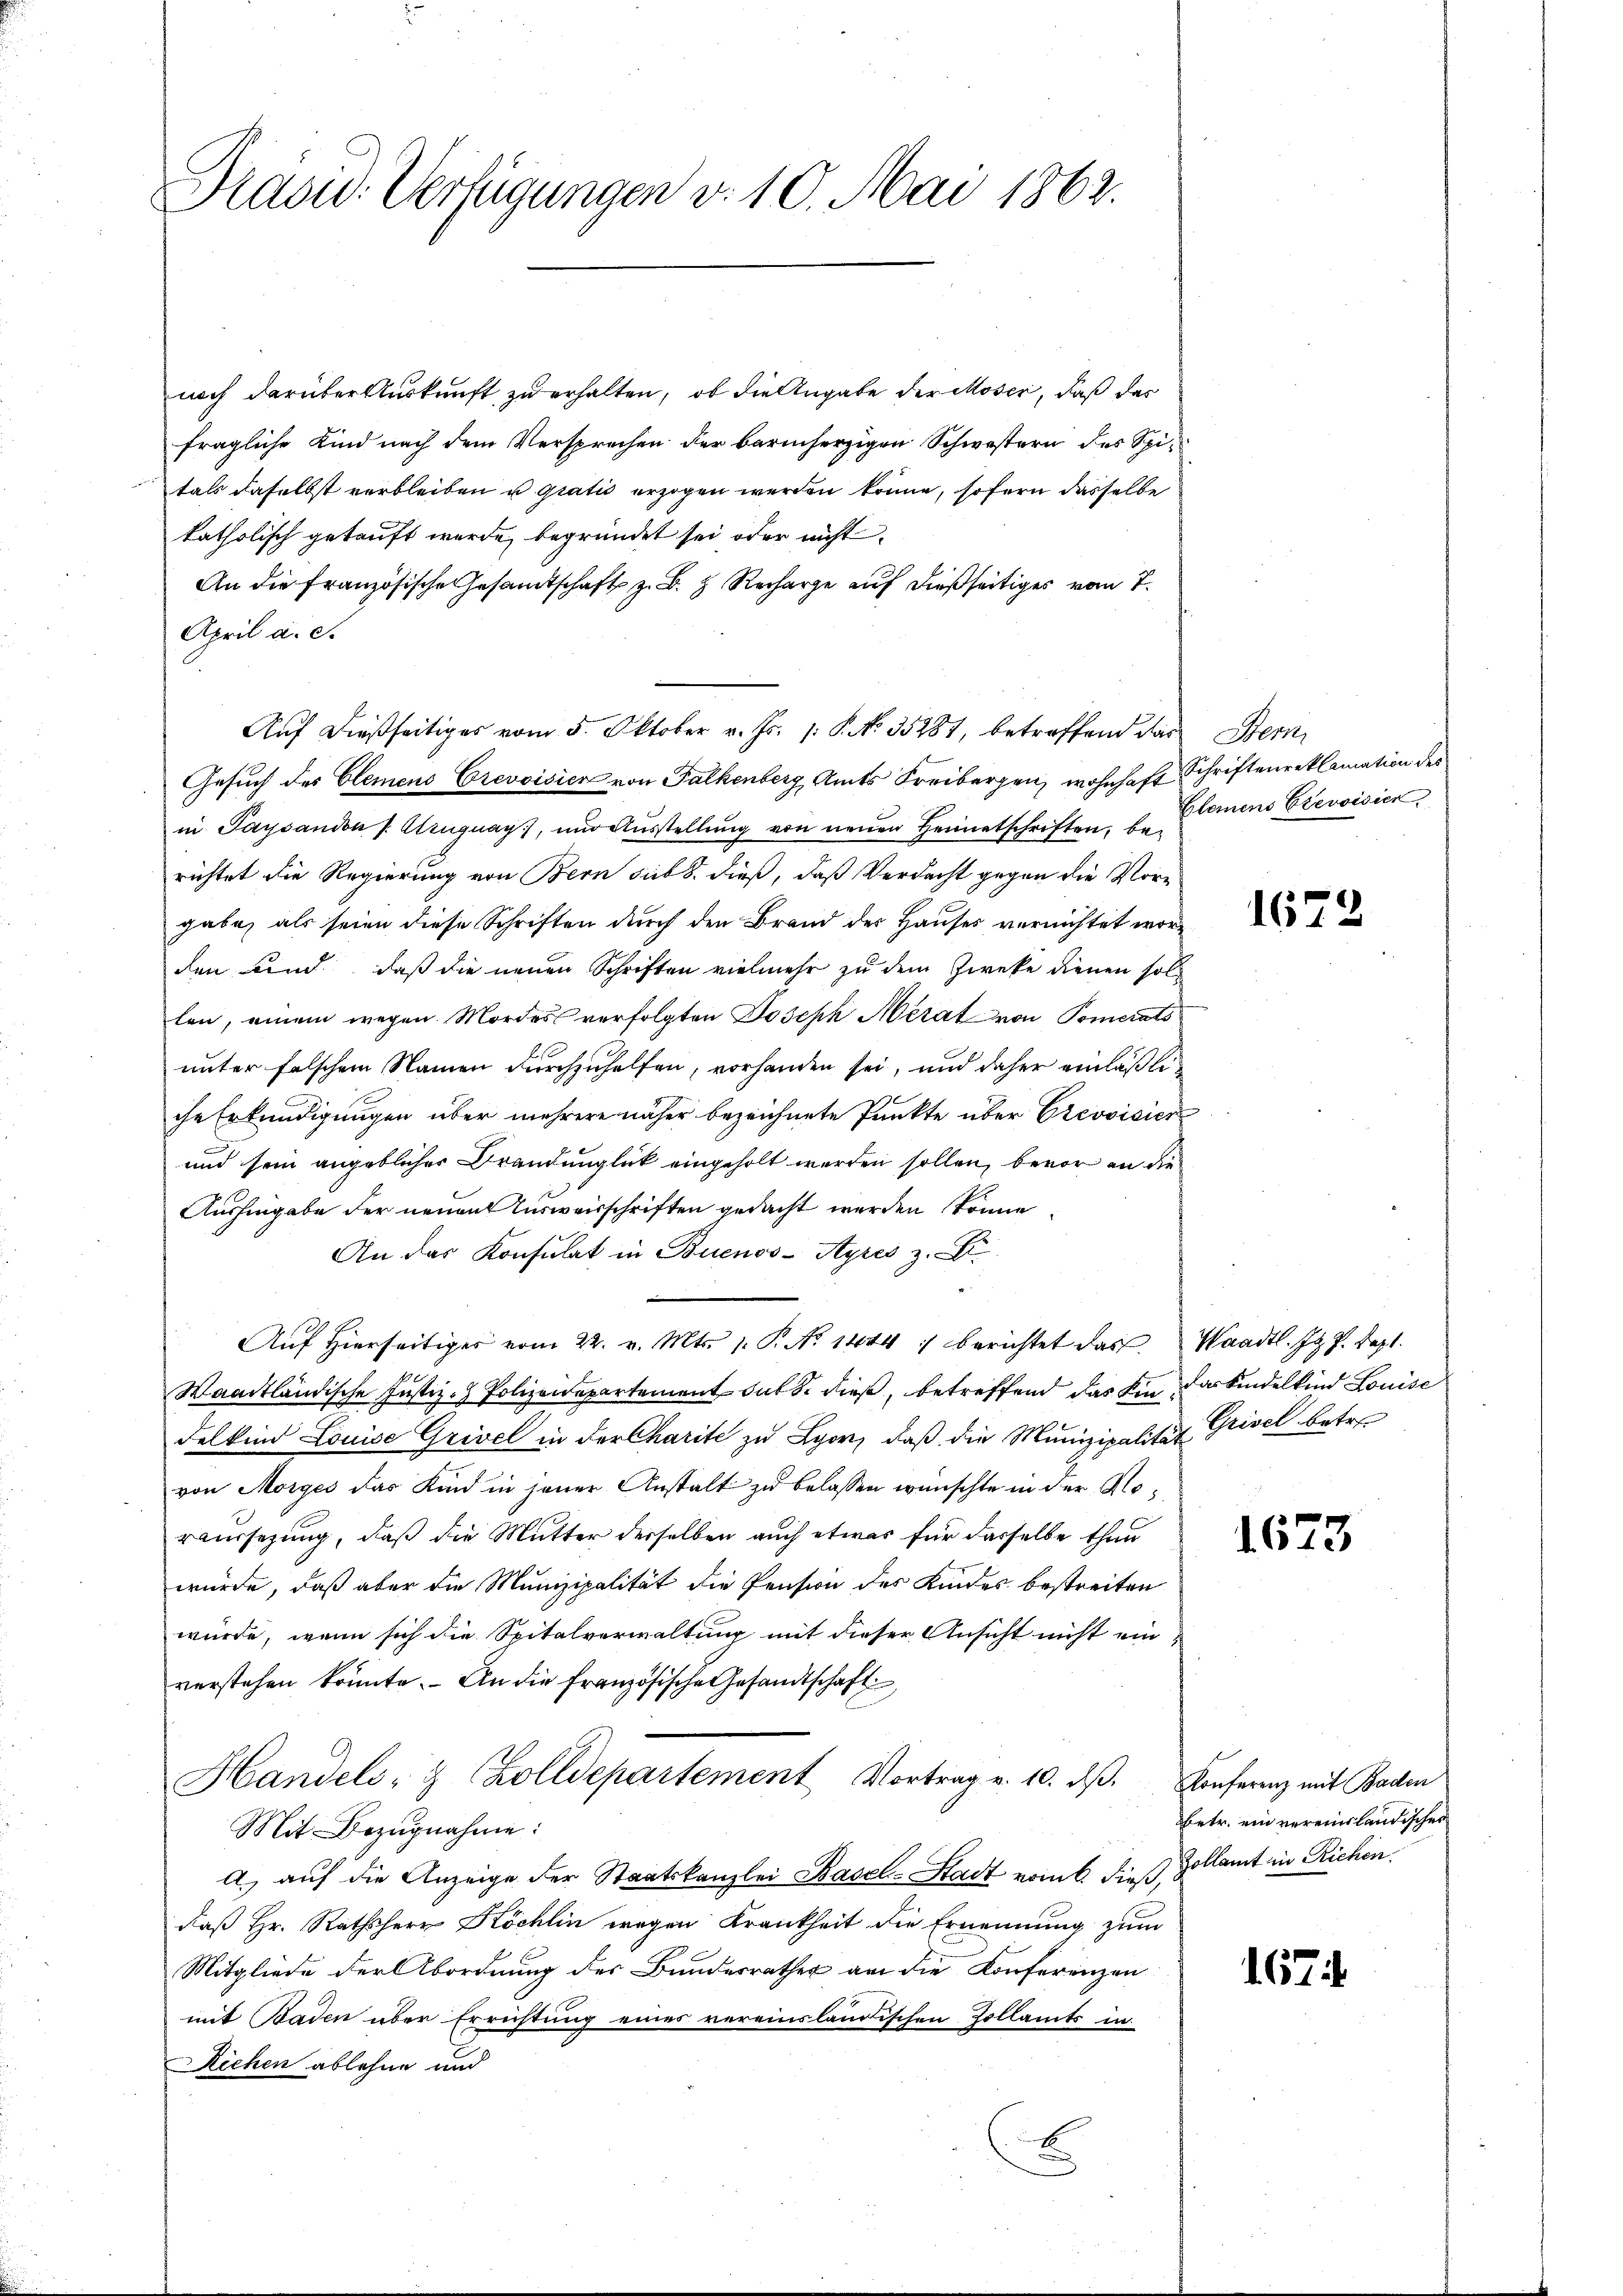
Pradw. Verfügungen v. 10. Mai 1862.

noch darüber Auskunft zu erhalten, ob die Angabe der Moser, daß das
fragliche Kind nach dem Versprechen der barmherzigen Schwestern des Spitals daselbst verbleiben u gratio erzogen werden könne, sofern dasselbe
katholisch gekauft wurde, begründet sei oder nicht
An die Französische Gesamtschaft z. B. Recharge auf dießseitiges vom 7.
April a. c.
Auf dießseitiges vom 5. Oktober v. Js. /: P. N. 35281, betreffend das Stern
Gesuch des Clemens Crevoisier von Falkenberg, Amts Freibergen, wohnhaft Schriftenreklamation des
in Paysandon [Aruguag), und Ausstellung von neuen Heimatschriften, berichtet die Regierung von Bern sub 8. dieß, daß Verdacht gegen die Vorgabe, als seien diese Schriften durch den Brand der Hauses vernichtet worden und daß die neuen Schriften vielmehr zu dem Zweke dienen sollen, einem wegen Mordes verfolgten Joseph Mérat von Pomerats
unter falschem Namen durchzuhelfen, vorhanden sei, und daher einläßli
che Erkundigungen über mehrere näher bezeichnete Punkte über Crevoisier
und sein angeblicher Brandunglück eingeholt werden sollen, bevor an die
Aushingabe der neuen Ausweisschriften gedacht werden könne.
An das Konsulat in Buenos-Ayres z.
Aŭf hierseitiger vom 22. v. Mts. 1. P. No 1444 :/ berichtet das Waadt. Js. J. Sept.
Waadtländische Justiz- Polizeidepartement dass dieß, betreffend das Ein das Kindelkind Louise
delkind Louise Grivel in der Charite zu Lyon, daβ die Munizipalität Grisel betre
von Morges das Kind in jener Anstalt zu belassen wünschte in der Moreussetzung, daß die Mutter derselben auch etwas für dasselbe thun
würde, daß aber die Munizipalität die Pension des Kindes bestreiten
würde, wenn sich die Spitalverwaltung mit dieser Ansicht nicht einverstehen könnte. An die französische Gesandtschaft
Handels- & Zolldepartement Vortrag v. 10. dβ. Conferenz mit Baden
Mit Bezŭgnahme:
A.) auf die Anzeige der Staatskanzlei Basel-Stadt vom 6. dieß, Zollamt in Richen.
daß Hr. Rathsherr Köchlin wegen Krankheit die Ernennung zum
Mitgliede der Abordnung des Bundesrathes an die Konferenzen
mit Baden über Errichtung eines vereinsländischen Zollamts in
Richen ablehne und

Gleinens Erevisier,

1673

1673

betr. ein vereinländischer

167